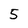
Character: 5